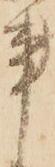
事